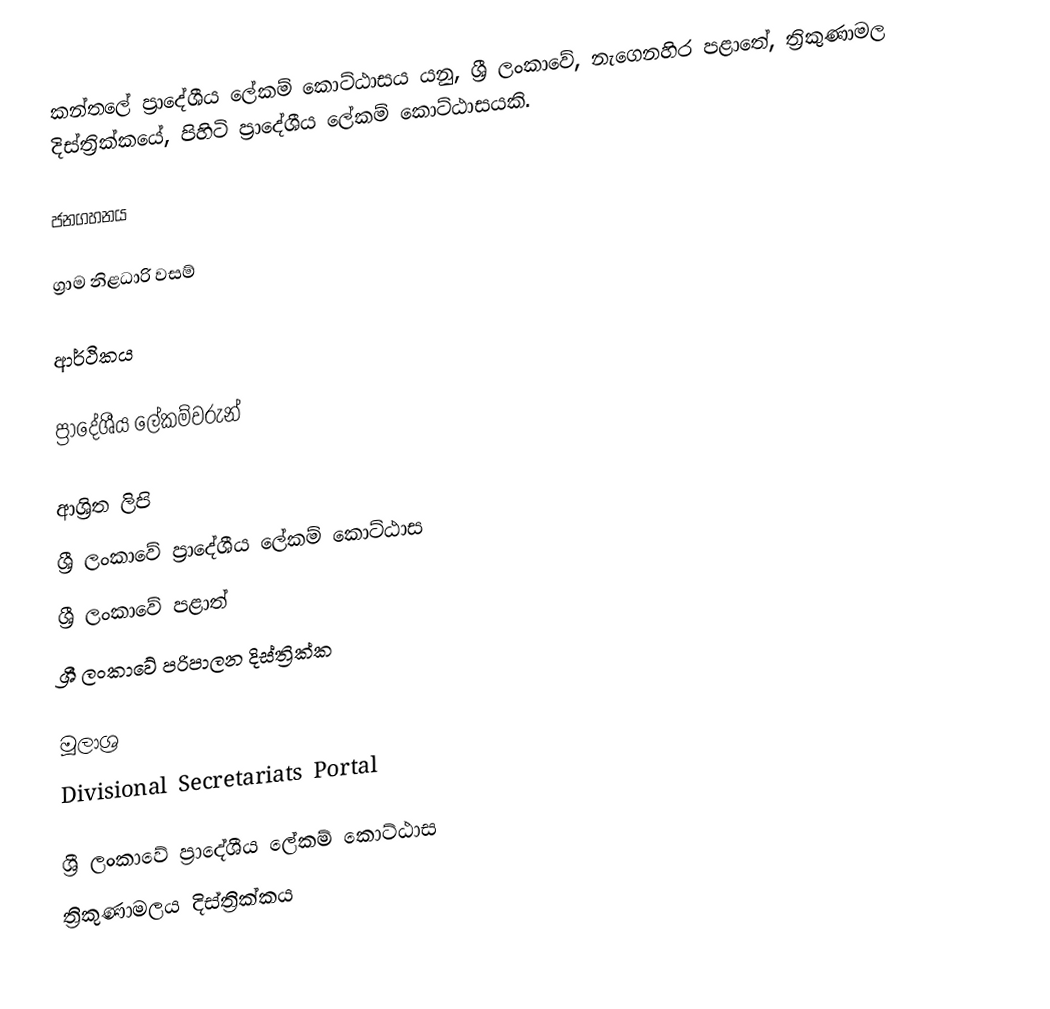
කන්තලේ ප්‍රාදේශීය ලේකම් කොට්ඨාසය යනු,  ශ්‍රී ලංකාවේ, නැගෙනහිර පළාතේ,   ත්‍රිකුණාමල දිස්ත්‍රික්කයේ, පිහිටි ප්‍රාදේශීය ලේකම් කොට්ඨාසයකි.

ජනගහනය

ග්‍රාම නිළධාරි වසම්

ආර්ථිකය

ප්‍රාදේශීය ලේකම්වරුන්

ආශ්‍රිත ලිපි
ශ්‍රී ලංකාවේ ප්‍රාදේශීය ලේකම් කොට්ඨාස
ශ්‍රී ලංකාවේ පළාත්
ශ්‍රී ලංකාවේ පරිපාලන දිස්ත්‍රික්ක

මූලාශ්‍ර
 Divisional Secretariats Portal

ශ්‍රී ලංකාවේ ප්‍රාදේශීය ලේකම් කොට්ඨාස
ත්‍රිකුණාමලය දිස්ත්‍රික්කය